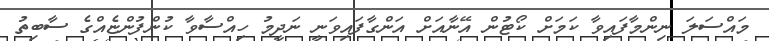
މައްސަަލަ ނިންމާފައިވާ ކަމަށް ކޯޓުން އޭނާއަށް އަންގާފައިވަނީ ނަދީމު ހިއްސާވާ ކުންފުންޏެއްގެ ސާބިތު